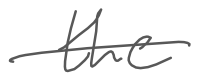
Text: the
Cross-out: single-line
Writing tool: digital_gray